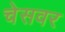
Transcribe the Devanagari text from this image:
चेसवर